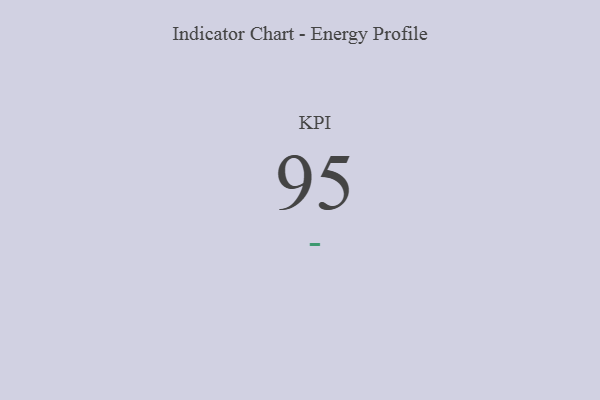
{"axis": {"x": "KPI", "y": "Value"}, "legend": [""], "data": [{"x": "KPI", "y": 95, "type": ""}]}